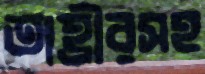
তাহ্রীরসহ